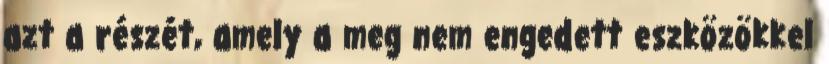
azt a részét, amely a meg nem engedett eszközökkel